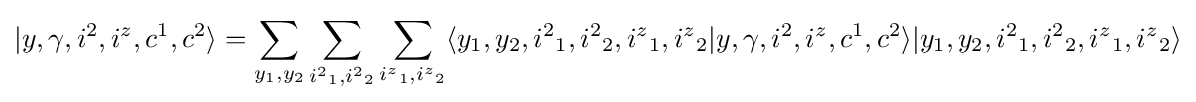
|y,\gamma ,{i^{2}},{i^{z}},c^{1},c^{2}\rangle =\sum _{y_{1},y_{2}}\sum _{{i^{2}}_{1},{i^{2}}_{2}}\sum _{{i^{z}}_{1},{i^{z}}_{2}}\langle y_{1},y_{2},{i^{2}}_{1},{i^{2}}_{2},{i^{z}}_{1},{i^{z}}_{2}|y,\gamma ,{i^{2}},{i^{z}},c^{1},c^{2}\rangle |y_{1},y_{2},{i^{2}}_{1},{i^{2}}_{2},{i^{z}}_{1},{i^{z}}_{2}\rangle